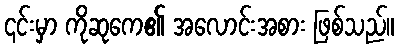
၎င်းမှာ ကိုဆုကေ၏ အလောင်းအစား ဖြစ်သည်။